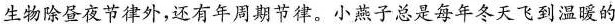
生物除昼夜节律外，还有年周期节律。小燕子总是每年冬天飞到温暖的